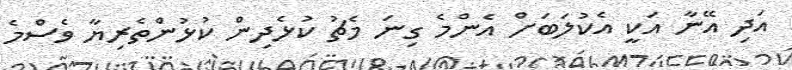
އަދި އޭނާ އަކީ އެކުލަބަށް އެންމެ ގިނަ މެޗު ކުޅެދިން ކުޅުންތެރިޔާ ވެސްމެ